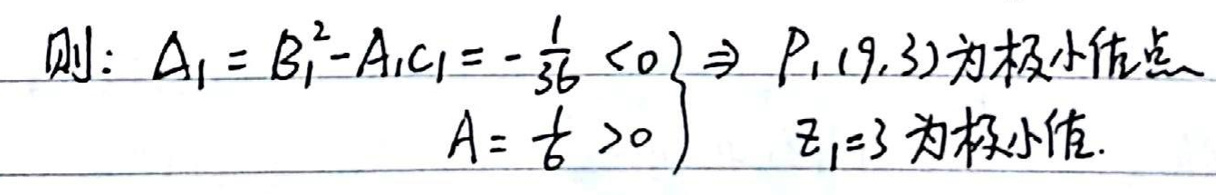
则：\(\begin{cases}
\Delta_1 = B_1^2 - A_1C_1=-\frac{1}{36}<0 \\
A = \frac{1}{6}>0
\end{cases}\Rightarrow P_1(9,3)\)为极小值点，\(z_1 = 3\)为极小值.